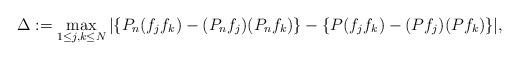
LaTeX: \begin{align*}\Delta := \max_{1\leq j,k\leq N}|\{ P_n (f_j f_k) - (P_n f_j) ( P_n f_k) \}- \{ P (f_j f_k) - (P f_j)(P f_k) \} |,\end{align*}